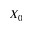
X _ { 0 }